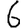
Digit: 6